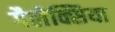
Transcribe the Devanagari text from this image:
गैलेक्सिया